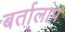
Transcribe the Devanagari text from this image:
बर्तालाप